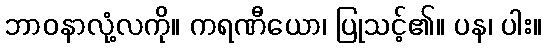
ဘာဝနာလုံ့လကို။ ကရဏီယော၊ ပြုသင့်၏။ ပန၊ ပါး။